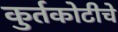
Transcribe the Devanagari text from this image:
कुर्तकोटीचे